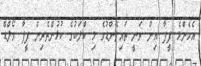
އެހެންމެ ފީފާ އިން ވަނީ ތައިލޭންޑުގެ މި ކްލަބުގެ ކުޅުންތެރިން ފީފާ ވޯލްޑް